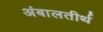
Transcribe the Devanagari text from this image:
अंबालतीर्थ